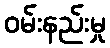
ဝမ်းနည်းမှု